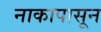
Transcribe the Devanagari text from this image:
नाकापासून